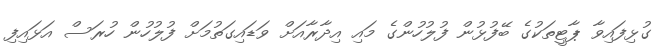
ގުޅިފައިވާ ޕާޓީތަކުގެ ބޭފުޅުން ފުލުހުންގެ މައި އިދާރާއަށް ވަޑައިގަތުމަށް ފުލުހުން ހުރަސް އަޅައިފި